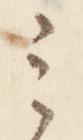
之